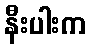
နီးပါးက